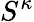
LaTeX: S^{\kappa}